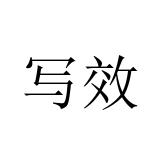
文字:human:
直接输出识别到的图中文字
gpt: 写效